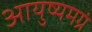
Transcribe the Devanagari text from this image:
आयुष्यमग्रं